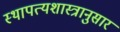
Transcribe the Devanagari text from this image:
स्थापत्यशास्त्रानुसार